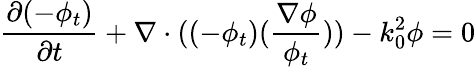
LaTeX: \frac{\partial(-\phi_{t})}{\partial t}+\nabla\cdot((-\phi_{t})(\frac{\nabla\phi}{\phi_{t}}))-k_{0}^{2}\phi=0